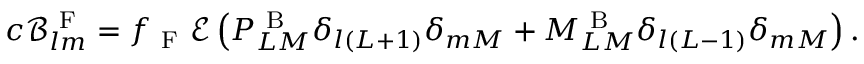
c \mathcal { B } _ { l m } ^ { \mathrm { ~ F ~ } } = f _ { \mathrm { ~ F ~ } } \mathcal { E } \left( P _ { L M } ^ { \mathrm { ~ B ~ } } \delta _ { l ( L + 1 ) } \delta _ { m M } + M _ { L M } ^ { \mathrm { ~ B ~ } } \delta _ { l ( L - 1 ) } \delta _ { m M } \right) .